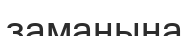
заманына